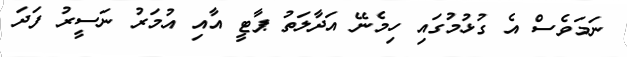
ނަމަވެސް އެ ގުޅުމުގައި ހިމެނޭ އަދާލަތު ޕާޓީ އާއި އުމަރު ނަސީރު ފަދަ